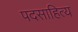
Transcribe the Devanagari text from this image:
पदसाहित्य